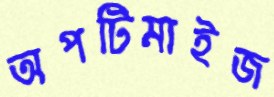
অপটিমাইজ